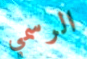
الرسمي